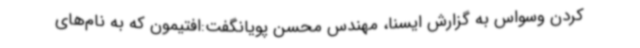
کردن وسواس به گزارش ایسنا، مهندس محسن پویانگفت:افتیمون که به نام‌های